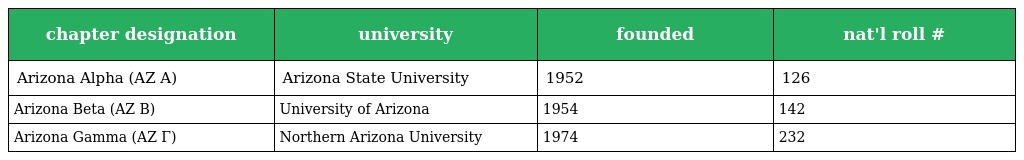
| chapter designation | university | founded | nat'l roll # |
 | --- | --- | --- | --- |
 | Arizona Alpha (AZ Α) | Arizona State University | 1952 | 126 |
 | Arizona Beta (AZ Β) | University of Arizona | 1954 | 142 |
 | Arizona Gamma (AZ Γ) | Northern Arizona University | 1974 | 232 |